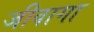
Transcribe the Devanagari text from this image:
जीवागा